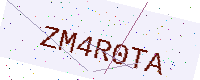
Text: ZM4R0TA